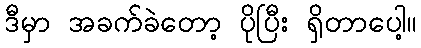
ဒီမှာ အခက်ခဲတော့ ပိုပြီး ရှိတာပေါ့။